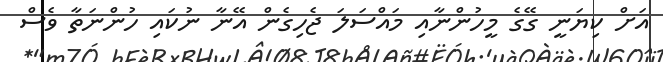
އަށް ކިޔަނީ ގޭގެ މީހުންނާއި މައްސަލަ ޖެހިގެން އޭނާ ނުކައި ހުންނަތާ ވެސް